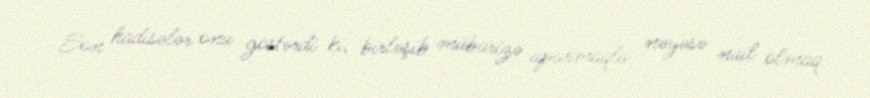
Son hadisələr onu göstərdi ki, birləşib mübarizə aparmaqla nəyəsə nail olmaq